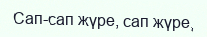
Сап-сап жүре, сап жүре,